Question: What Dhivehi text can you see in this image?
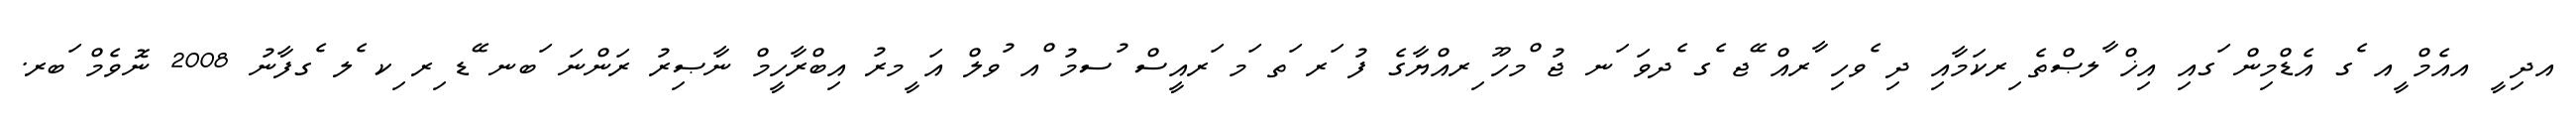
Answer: އދި ީ އއެމް ީއ ެގ އެޑްމިން ަގއި އިޚް ާލޞްތެ ިރކަމާއި ދި ެވހި ާރއް ޭޖ ެގ ެދވަ ަނ ޖު ްމހޫ ިރއްޔާގެ ފު ަރ ަތ ަމ ަރއީސް ުސމު ްއ ުވލް އަ ީމރު އިބްރާހީމް ނާޞިރު ރަންނަ ަބނ ޭޑ ިރ ިކ ެލ ެގފާނު 2008 ނޮވެމް ަބރ.